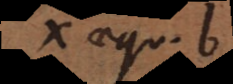
x aequ. e